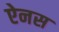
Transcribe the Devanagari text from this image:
ऐनस